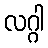
လဂ္ဂါ